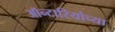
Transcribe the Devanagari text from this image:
ऑन्टारियोच्या